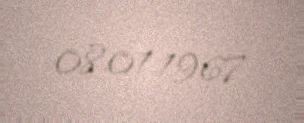
08.01.1967